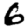
Digit: 6